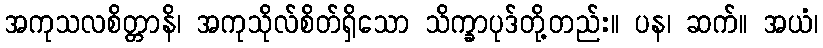
အကုသလစိတ္တာနိ၊ အကုသိုလ်စိတ်ရှိသော သိက္ခာပုဒ်တို့တည်း။ ပန၊ ဆက်။ အယံ၊